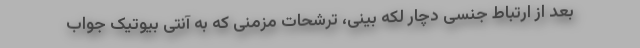
بعد از ارتباط جنسی دچار لکه بینی، ترشحات مزمنی که به آنتی بیوتیک جواب